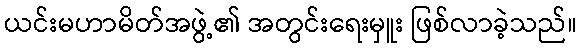
ယင်းမဟာမိတ်အဖွဲ့၏ အတွင်းရေးမှူး ဖြစ်လာခဲ့သည်။